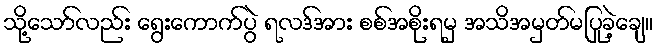
သို့သော်လည်း ရွေးကောက်ပွဲ ရလဒ်အား စစ်အစိုးရမှ အသိအမှတ်မပြုခဲ့ချေ။